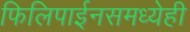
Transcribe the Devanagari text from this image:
फिलिपाईनसमध्येही